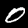
Label: 0